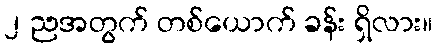
၂ ညအတွက် တစ်ယောက် ခန်း ရှိလား။